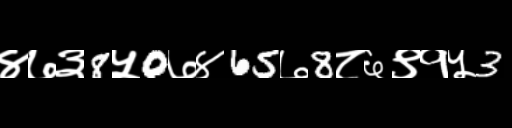
Text: ४७३8५0७४65७8८६९१५3